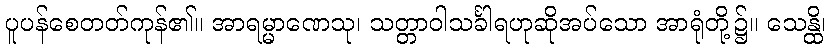
ပူပန်စေတတ်ကုန်၏။ အာရမ္မာဏေသု၊ သတ္တာဝါသင်္ခါရဟုဆိုအပ်သော အာရုံတို့၌။ သေန္ထိ၊